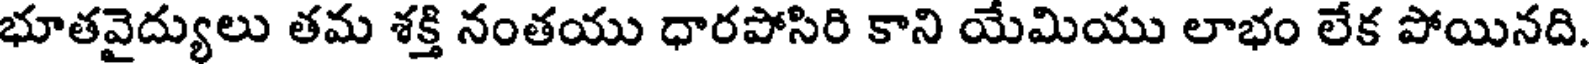
భూతవైద్యులు తమ శక్తి నంతయు ధారపోసిరి కాని యేమియు లాభం లేక పోయినది.